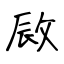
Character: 敐